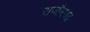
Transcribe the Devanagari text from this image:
राजौरगढ़